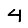
Digit: 4